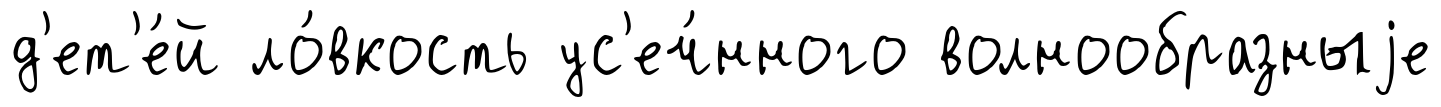
д'ет'е́й ло́вкость ус'еч́нного волнообразныjе